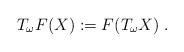
LaTeX: \begin{align*} T_\omega F (X) := F(T_\omega X)\;.\end{align*}